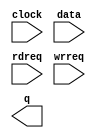
// megafunction wizard: %FIFO%VBB%
// GENERATION: STANDARD
// VERSION: WM1.0
// MODULE: scfifo 

// ============================================================
// Megafunction Name(s):
// 			scfifo
//
// Simulation Library Files(s):
// 			altera_mf
// ============================================================
// ************************************************************
// THIS IS A WIZARD-GENERATED FILE. DO NOT EDIT THIS FILE!
//
// 22.1std.0 Build 915 10/25/2022 SC Standard Edition
// ************************************************************

//Copyright (C) 2022  Intel Corporation. All rights reserved.
//Your use of Intel Corporation's design tools, logic functions 
//and other software and tools, and any partner logic 
//functions, and any output files from any of the foregoing 
//(including device programming or simulation files), and any 
//associated documentation or information are expressly subject 
//to the terms and conditions of the Intel Program License 
//Subscription Agreement, the Intel Quartus Prime License Agreement,
//the Intel FPGA IP License Agreement, or other applicable license
//agreement, including, without limitation, that your use is for
//the sole purpose of programming logic devices manufactured by
//Intel and sold by Intel or its authorized distributors.  Please
//refer to the applicable agreement for further details, at
//https://fpgasoftware.intel.com/eula.

module fifo (
	clock,
	data,
	rdreq,
	wrreq,
	q);

	input	  clock;
	input	[0:0]  data;
	input	  rdreq;
	input	  wrreq;
	output	[0:0]  q;

endmodule

// ============================================================
// CNX file retrieval info
// ============================================================
// Retrieval info: PRIVATE: AlmostEmpty NUMERIC "0"
// Retrieval info: PRIVATE: AlmostEmptyThr NUMERIC "-1"
// Retrieval info: PRIVATE: AlmostFull NUMERIC "0"
// Retrieval info: PRIVATE: AlmostFullThr NUMERIC "-1"
// Retrieval info: PRIVATE: CLOCKS_ARE_SYNCHRONIZED NUMERIC "0"
// Retrieval info: PRIVATE: Clock NUMERIC "0"
// Retrieval info: PRIVATE: Depth NUMERIC "64"
// Retrieval info: PRIVATE: Empty NUMERIC "0"
// Retrieval info: PRIVATE: Full NUMERIC "0"
// Retrieval info: PRIVATE: INTENDED_DEVICE_FAMILY STRING "Cyclone IV GX"
// Retrieval info: PRIVATE: LE_BasedFIFO NUMERIC "0"
// Retrieval info: PRIVATE: LegacyRREQ NUMERIC "1"
// Retrieval info: PRIVATE: MAX_DEPTH_BY_9 NUMERIC "0"
// Retrieval info: PRIVATE: OVERFLOW_CHECKING NUMERIC "0"
// Retrieval info: PRIVATE: Optimize NUMERIC "1"
// Retrieval info: PRIVATE: RAM_BLOCK_TYPE NUMERIC "0"
// Retrieval info: PRIVATE: SYNTH_WRAPPER_GEN_POSTFIX STRING "0"
// Retrieval info: PRIVATE: UNDERFLOW_CHECKING NUMERIC "0"
// Retrieval info: PRIVATE: UsedW NUMERIC "0"
// Retrieval info: PRIVATE: Width NUMERIC "1"
// Retrieval info: PRIVATE: dc_aclr NUMERIC "0"
// Retrieval info: PRIVATE: diff_widths NUMERIC "0"
// Retrieval info: PRIVATE: msb_usedw NUMERIC "0"
// Retrieval info: PRIVATE: output_width NUMERIC "1"
// Retrieval info: PRIVATE: rsEmpty NUMERIC "1"
// Retrieval info: PRIVATE: rsFull NUMERIC "0"
// Retrieval info: PRIVATE: rsUsedW NUMERIC "0"
// Retrieval info: PRIVATE: sc_aclr NUMERIC "0"
// Retrieval info: PRIVATE: sc_sclr NUMERIC "0"
// Retrieval info: PRIVATE: wsEmpty NUMERIC "0"
// Retrieval info: PRIVATE: wsFull NUMERIC "1"
// Retrieval info: PRIVATE: wsUsedW NUMERIC "0"
// Retrieval info: LIBRARY: altera_mf altera_mf.altera_mf_components.all
// Retrieval info: CONSTANT: ADD_RAM_OUTPUT_REGISTER STRING "ON"
// Retrieval info: CONSTANT: INTENDED_DEVICE_FAMILY STRING "Cyclone IV GX"
// Retrieval info: CONSTANT: LPM_NUMWORDS NUMERIC "64"
// Retrieval info: CONSTANT: LPM_SHOWAHEAD STRING "OFF"
// Retrieval info: CONSTANT: LPM_TYPE STRING "scfifo"
// Retrieval info: CONSTANT: LPM_WIDTH NUMERIC "1"
// Retrieval info: CONSTANT: LPM_WIDTHU NUMERIC "6"
// Retrieval info: CONSTANT: OVERFLOW_CHECKING STRING "ON"
// Retrieval info: CONSTANT: UNDERFLOW_CHECKING STRING "ON"
// Retrieval info: CONSTANT: USE_EAB STRING "ON"
// Retrieval info: USED_PORT: clock 0 0 0 0 INPUT NODEFVAL "clock"
// Retrieval info: USED_PORT: data 0 0 1 0 INPUT NODEFVAL "data[0..0]"
// Retrieval info: USED_PORT: q 0 0 1 0 OUTPUT NODEFVAL "q[0..0]"
// Retrieval info: USED_PORT: rdreq 0 0 0 0 INPUT NODEFVAL "rdreq"
// Retrieval info: USED_PORT: wrreq 0 0 0 0 INPUT NODEFVAL "wrreq"
// Retrieval info: CONNECT: @clock 0 0 0 0 clock 0 0 0 0
// Retrieval info: CONNECT: @data 0 0 1 0 data 0 0 1 0
// Retrieval info: CONNECT: @rdreq 0 0 0 0 rdreq 0 0 0 0
// Retrieval info: CONNECT: @wrreq 0 0 0 0 wrreq 0 0 0 0
// Retrieval info: CONNECT: q 0 0 1 0 @q 0 0 1 0
// Retrieval info: GEN_FILE: TYPE_NORMAL fifo.v TRUE
// Retrieval info: GEN_FILE: TYPE_NORMAL fifo.inc FALSE
// Retrieval info: GEN_FILE: TYPE_NORMAL fifo.cmp FALSE
// Retrieval info: GEN_FILE: TYPE_NORMAL fifo.bsf FALSE
// Retrieval info: GEN_FILE: TYPE_NORMAL fifo_inst.v FALSE
// Retrieval info: GEN_FILE: TYPE_NORMAL fifo_bb.v TRUE
// Retrieval info: LIB_FILE: altera_mf